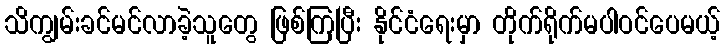
သိကျွမ်းခင်မင်လာခဲ့သူတွေ ဖြစ်ကြပြီး နိုင်ငံရေးမှာ တိုက်ရိုက်မပါဝင်ပေမယ့်